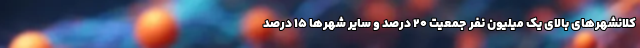
کلانشهرهای بالای یک میلیون نفر جمعیت ۲۰ درصد و سایر شهرها ۱۵ درصد